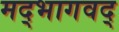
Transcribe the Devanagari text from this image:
मद्‌भागवद्‌